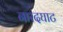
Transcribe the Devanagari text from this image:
नारदघाट